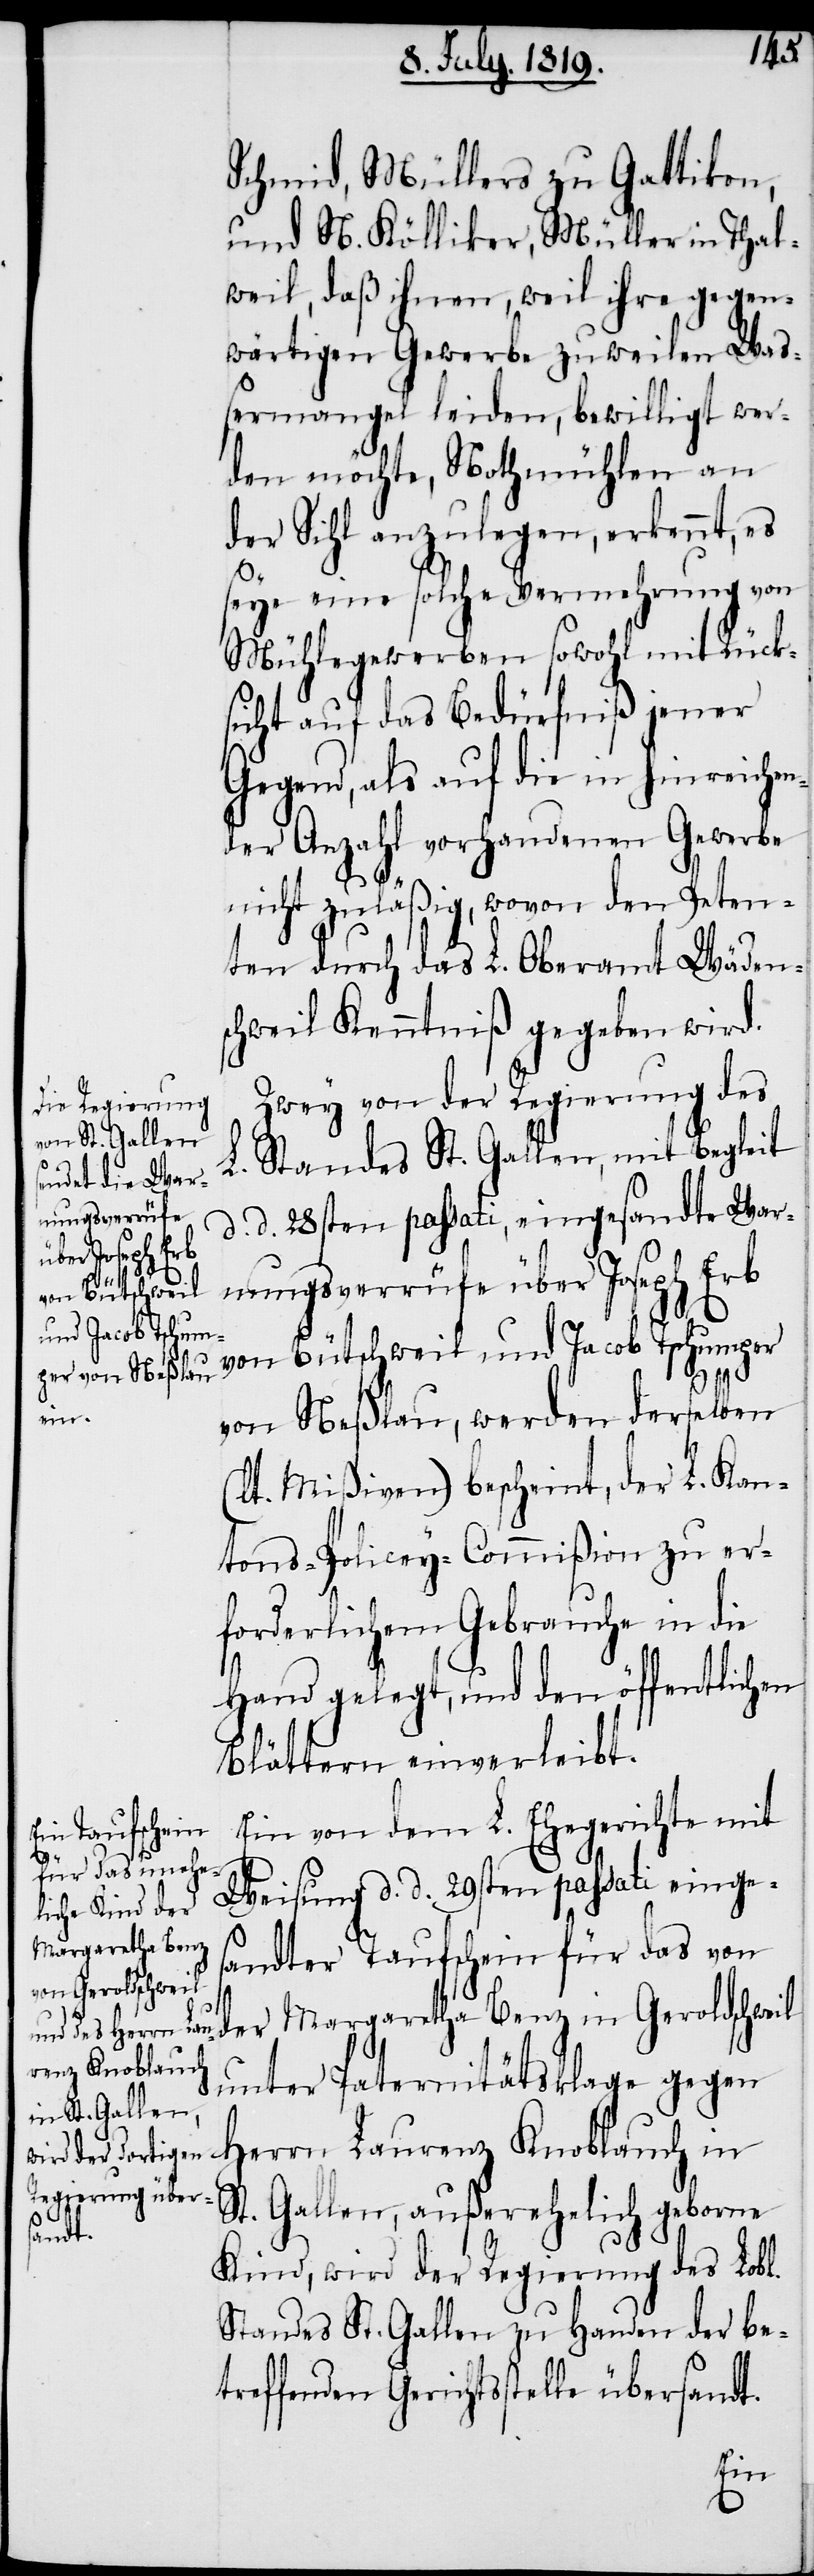
Schmid, Müllers zu Gattikon,
und N. Kölliker, Müller in Thal¬
weil, daß ihnen, weil ihre gegen¬
wärtigen Gewerbe zuweilen Wass¬
ermangel leiden, bewilligt wer¬
den möchte, Nothmühlen an
der Sihl anzulegen, erkennt, es
seye eine solche Vermehrung von
Mühlegewerben sowohl mit Rück¬
sicht auf das Bedürfniß jener
Gegend, als auf die in hinreichen¬
der Anzahl vorhandenen Gewerbe
nicht zuläßig, wovon dem Peten¬
ten durch das L. Oberamt Wäden¬
schweil Kenntniß gegeben wird.
Zwey von der Regierung des
L. Standes St. Gallen, mit Begleit
d. d. 28sten passati, eingesandte War¬
nungsverrüfe über Joseph Erb
von Bütschweil und Jacob Tschumper
von Neßlau, werden derselben
(lt. Mißiven) bescheint, der L. Kan¬
tons-Policey-Commißion zu er¬
forderlichem Gebrauche in die
Hand gelegt, und den öffentlichen
Blättern einverleibt.
Ein von dem L. Ehegerichte mit
Weisung d. d. 29sten passati einges¬
andter Taufschein für das von
der Margaretha Benz in Geroldschweil
unter Paternitätsklage gegen
Herrn Laurenz Knoblauch in
St. Gallen, außerehelich geborne
Kind, wird der Regierung des Lobl.
Standes St. Gallen zu Handen der be¬
treffenden Gerichtsstelle übersandt.